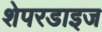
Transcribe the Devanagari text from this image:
शेपरडाइज